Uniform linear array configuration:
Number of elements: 64
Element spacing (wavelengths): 0.5
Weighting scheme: uniform
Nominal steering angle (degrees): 45
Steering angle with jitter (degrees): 45.988
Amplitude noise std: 0.05
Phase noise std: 0.05

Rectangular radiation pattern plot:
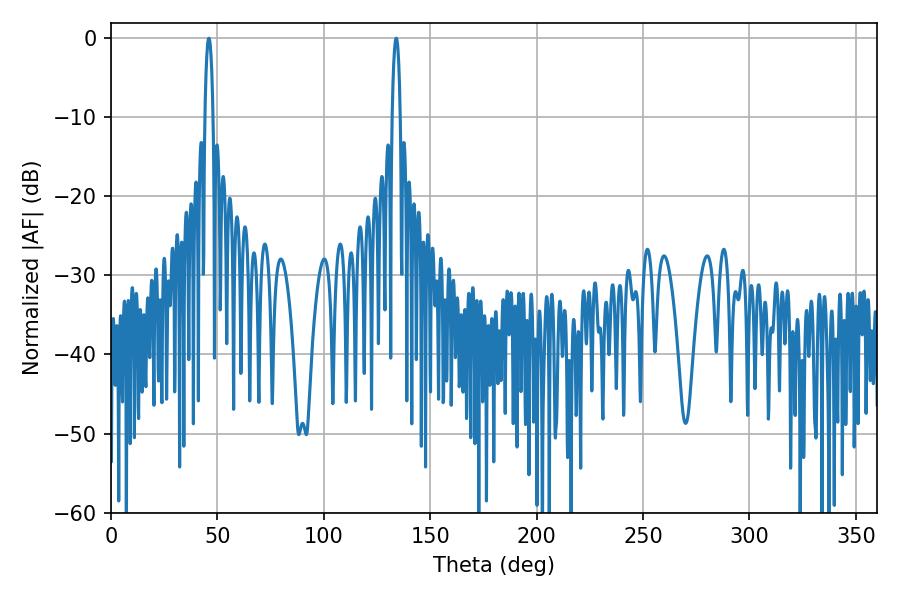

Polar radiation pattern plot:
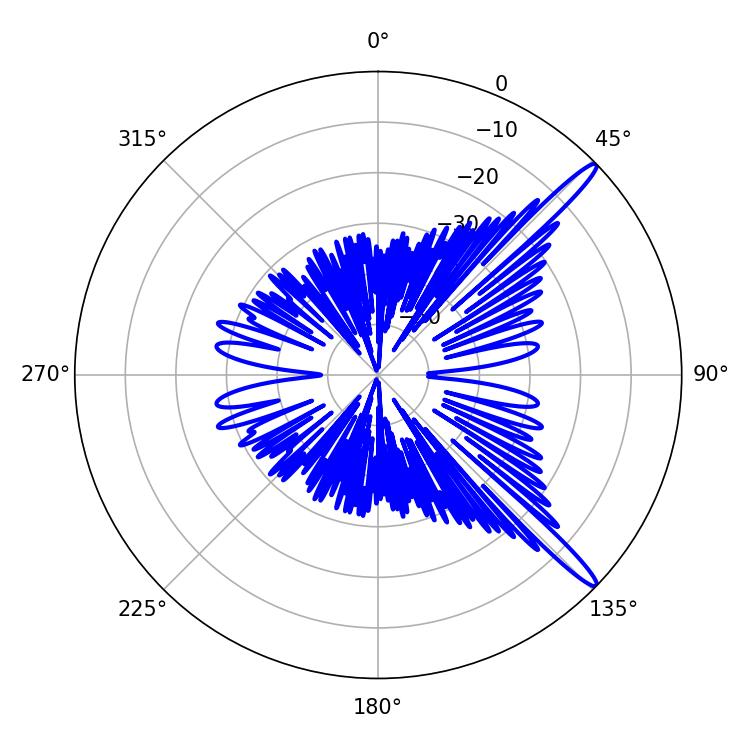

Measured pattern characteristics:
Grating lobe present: FALSE
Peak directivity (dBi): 14.944
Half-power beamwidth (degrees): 1.98
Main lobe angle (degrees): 45.9